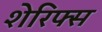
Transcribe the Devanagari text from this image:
शेरिफ्स